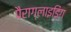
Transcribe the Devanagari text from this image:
पैराग्‍लाइडिंग